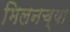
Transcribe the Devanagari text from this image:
मिलनच्या